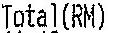
TOTAL(RM)